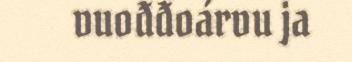
vuođđoárvu ja